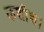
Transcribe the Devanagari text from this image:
कशीश।